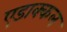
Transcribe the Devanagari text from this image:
एडाक्कल